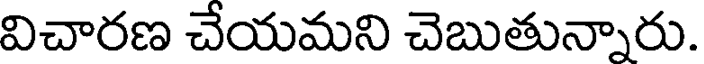
విచారణ చేయమని చెబుతున్నారు.